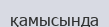
қамысында